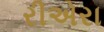
રીએરા